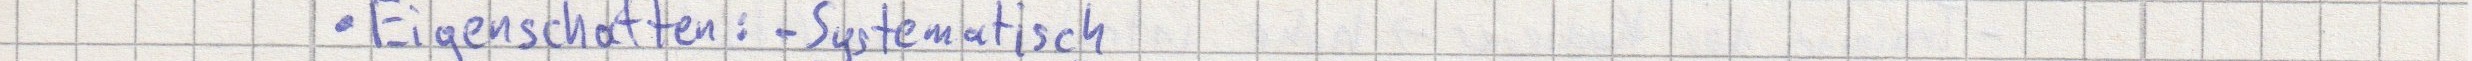
Eigenschaften: -Systematisch